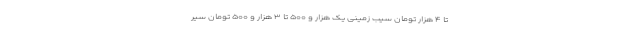
تا ۴ هزار تومان سیب زمینی یک هزار و ۵۰۰ تا ۳ هزار و ۵۰۰ تومان سیر